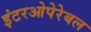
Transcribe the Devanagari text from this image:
इंटरओपेरेबल